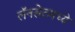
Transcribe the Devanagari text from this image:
लॅनसेटमध्ये